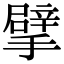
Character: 擘